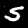
Digit: 5